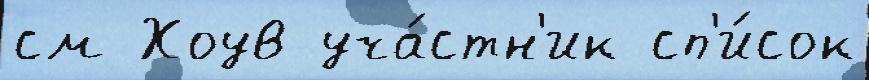
см Хоув уча́стн'ик сп'и́сок